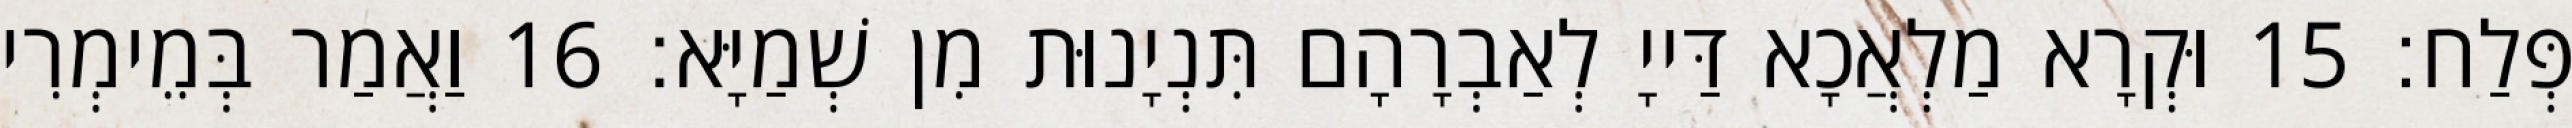
פְּלַח׃ 15 וּקְרָא מַלְאֲכָא דַּייָ לְאַבְרָהָם תִּנְיָנוּת מִן שְׁמַיָּא׃ 16 וַאֲמַר בְּמֵימְרִי